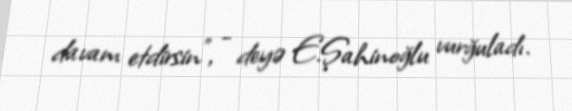
davam etdirsin", - deyə E.Şahinoğlu vurğuladı.